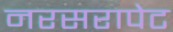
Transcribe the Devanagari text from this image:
नरसरापेट